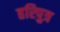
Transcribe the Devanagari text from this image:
हरिपुत्र